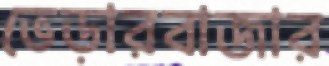
ভেড়ারবাজার